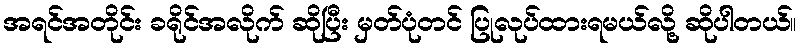
အရင်အတိုင်း ခရိုင်အလိုက် ဆိုပြီး မှတ်ပုံတင် ပြုလုပ်ထားရမယ်လို့ ဆိုပါတယ်။